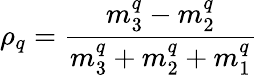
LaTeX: \rho_{q}={\frac{m_{3}^{q}-m_{2}^{q}}{m_{3}^{q}+m_{2}^{q}+m_{1}^{q}}}